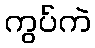
ကွပ်ကဲ